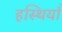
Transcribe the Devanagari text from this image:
हस्थियाँ